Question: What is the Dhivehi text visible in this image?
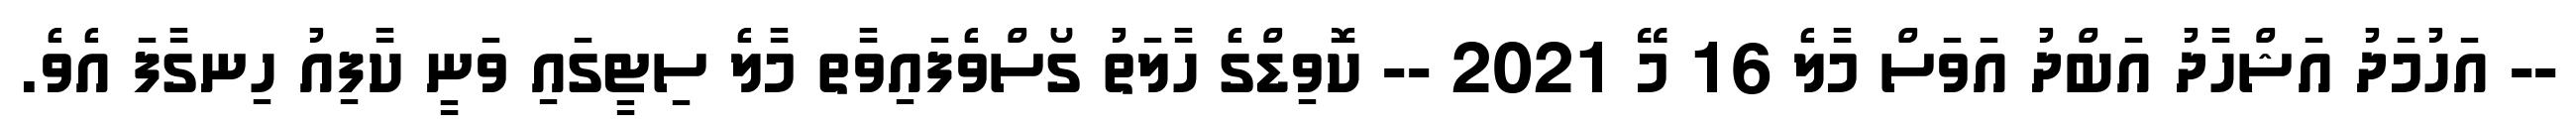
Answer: -- އަހުމަދު އަޝްހާދު އަބްދު އަވަސް މާލެ 16 މޭ 2021 -- ކޮވިޑްގެ ހާލަތު ގޯސްވެފައިވާތ މާލެ ސިޓީގައި ވަނީ ކާފިއު ހިނގާފަ އެވެ.